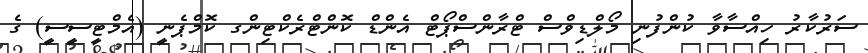
ސަރުކާރު ހިއްސާވާ ކުންފުނި މޯލްޑިވްސް ޓްރާންސްޕޯޓް އެންޑް ކޮންޓްރެކްޓިންގ ކޮމްޕެނީ (އެމްޓީސީސީ) ގެ